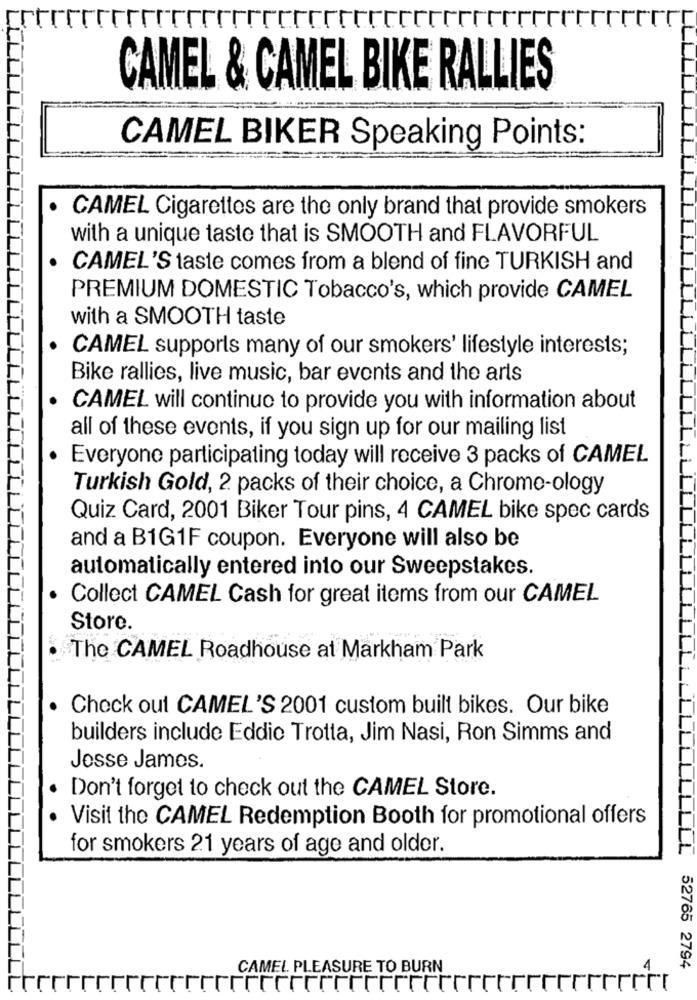
CAMEL & CAMEL BIKE RALLIES
CAMEL BIKER Speaking Points:
CAMEL Cigarettes are the only brand that provide smokers
with a unique taste that is SMOOTH and FLAVORFUL
CAMEL'S taste comes from a blend of fine TURKISH and
PREMIUM DOMESTIC Tobacco's, which provide CAMEL
with a SMOOTH taste
CAMEL supports many of our smokers' lifestyle interests;
Bike rallies, live music, bar events and the arts
CAMEL will continuo to provide you with information about
all of these events, if you sign up for our mailing list
Everyone participating today will receive 3 packs of CAMEL
Turkish Gold, 2 packs of their choice, a Chrome-ology
Quiz Card, 2001 Biker Tour pins, 4 CAMEL bike spec cards
and a B1G1F coupon. Everyone will also be
automatically entered into our Sweepstakes.
Collect CAMEL Cash for great items from our CAMEL
Store.
The CAMEL Roadhouse at Markham Park
Check out CAMEL'S 2001 custom built bikes. Our bike
builders include Eddie Trotta, Jim Nasi, Ron Simms and
Jesse James.
Don't forget to check out the CAMEL Store.
Visit the CAMEL Redemption Booth for promotional offers
for smokers 21 years of age and older.
CAMEL PLEASURE TO BURN
52765 2794